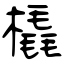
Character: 橇